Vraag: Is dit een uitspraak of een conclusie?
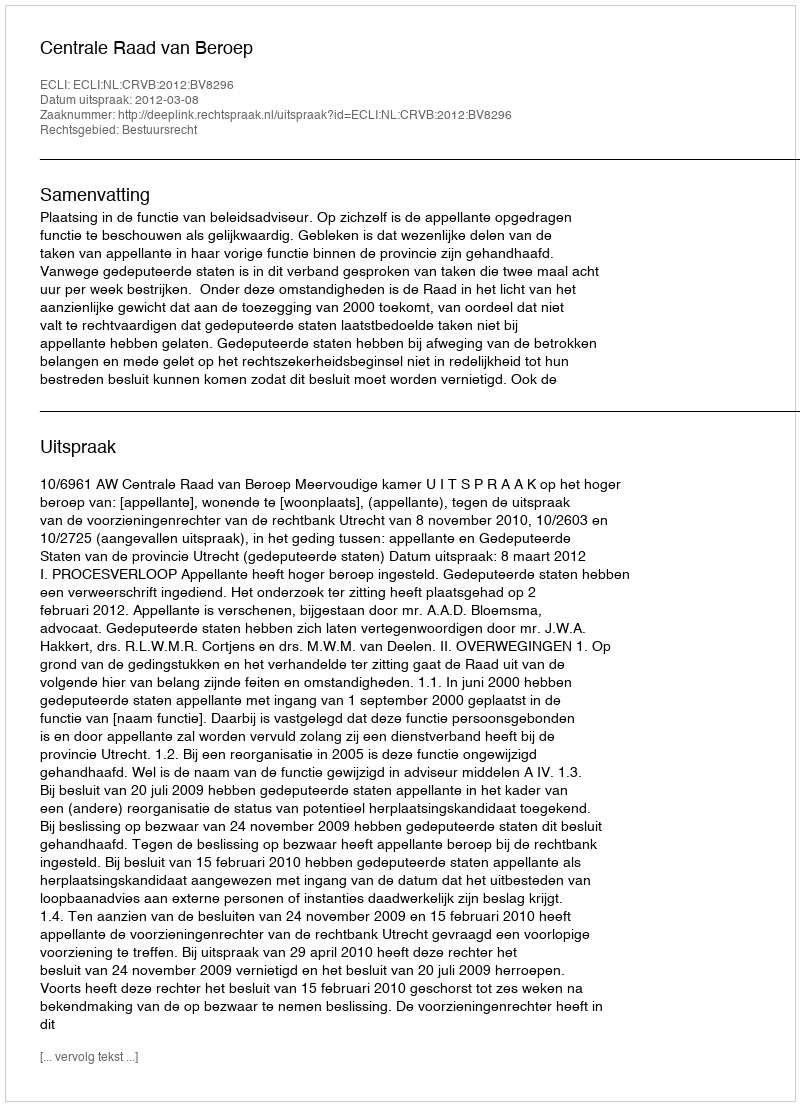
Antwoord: Uitspraak